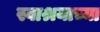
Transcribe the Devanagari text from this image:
स्वाश्रयाच्या